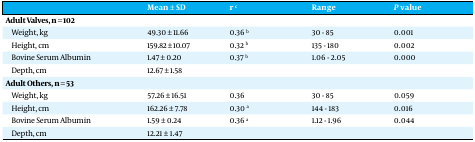
<table><thead><tr><td><b> </b></td><td><b>Mean ± SD</b></td><td><b>r <sup>c</sup></b></td><td><b>Range</b></td><td><b><i>P</i> value</b></td></tr></thead><tbody><tr><td><b>Adult Valves, n = 102</b></td><td> </td><td> </td><td> </td><td> </td></tr><tr><td>Weight, kg</td><td>49.30 ± 11.66</td><td>0.36 b</td><td>30 - 85</td><td>0.001</td></tr><tr><td>Height, cm</td><td>159.82 ± 10.07</td><td>0.32 b</td><td>135 - 180</td><td>0.002</td></tr><tr><td>Bovine Serum Albumin</td><td>1.47 ± 0.20</td><td>0.37 b</td><td>1.06 - 2.05</td><td>0.000</td></tr><tr><td>Depth, cm</td><td>12.67 ± 1.58</td><td> </td><td> </td><td> </td></tr><tr><td><b>Adult Others, n = 53</b></td><td> </td><td> </td><td> </td><td> </td></tr><tr><td>Weight, kg</td><td>57.26 ± 16.51</td><td>0.36</td><td>30 - 85</td><td>0.059</td></tr><tr><td>Height, cm</td><td>162.26 ± 7.78</td><td>0.30 a</td><td>144 - 183</td><td>0.016</td></tr><tr><td>Bovine Serum Albumin</td><td>1.59 ± 0.24</td><td>0.36 a</td><td>1.12 - 1.96</td><td>0.044</td></tr><tr><td>Depth, cm</td><td>12.21 ± 1.47</td><td> </td><td> </td><td> </td></tr></tbody></table>